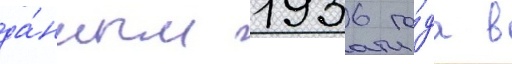
да́нным 1936 го́да в